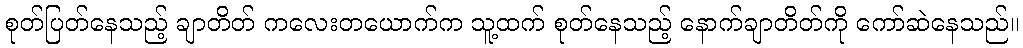
စုတ်ပြတ်နေသည့် ချာတိတ် ကလေးတယောက်က သူ့ထက် စုတ်နေသည့် နောက်ချာတိတ်ကို ကော်ဆဲနေသည်။